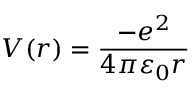
V ( r ) = { \frac { - e ^ { 2 } } { 4 \pi \varepsilon _ { 0 } r } }